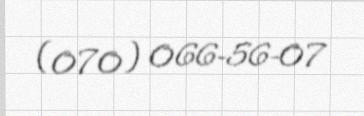
(070) 066-56-07